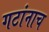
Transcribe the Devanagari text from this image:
गटांनाच